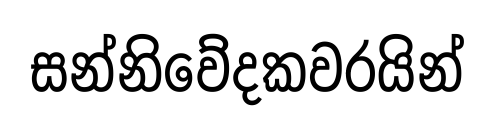
සන්නිවේදකවරයින්